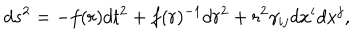
d s ^ { 2 } = - f ( r ) d t ^ { 2 } + f ( r ) ^ { - 1 } d r ^ { 2 } + r ^ { 2 } \gamma _ { i j } d x ^ { i } d x ^ { j } ,